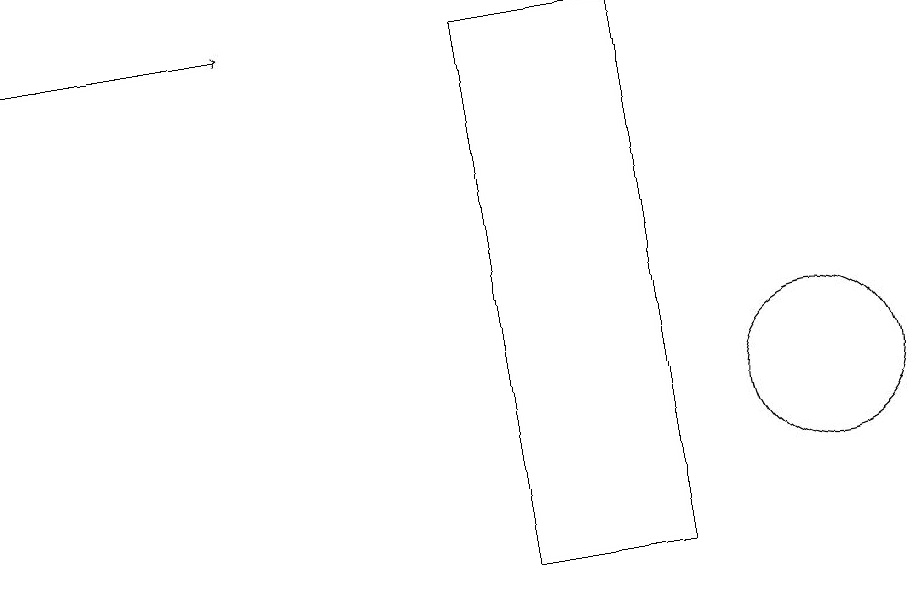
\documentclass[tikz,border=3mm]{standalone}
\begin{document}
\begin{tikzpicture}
\draw (7,17) rectangle (9,10);
\draw (11,12) circle (1);
\draw[->] (1,17) -- (4,17);
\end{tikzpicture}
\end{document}